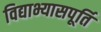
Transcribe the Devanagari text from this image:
विद्याभ्यासपूर्ति